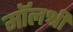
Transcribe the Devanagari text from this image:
मॉलश्री